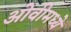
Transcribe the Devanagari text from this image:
ओवीमध्ये